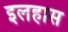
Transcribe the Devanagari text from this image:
इलहास